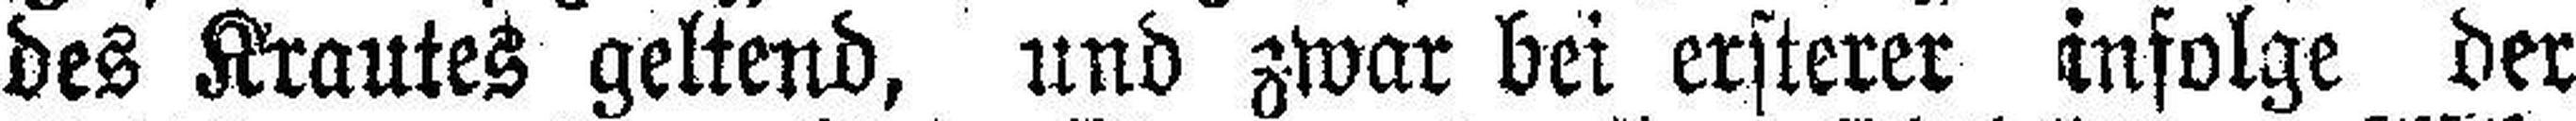
des Krautes geltend, und zwar bei ersterer infolge der